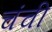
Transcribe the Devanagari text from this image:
चंची